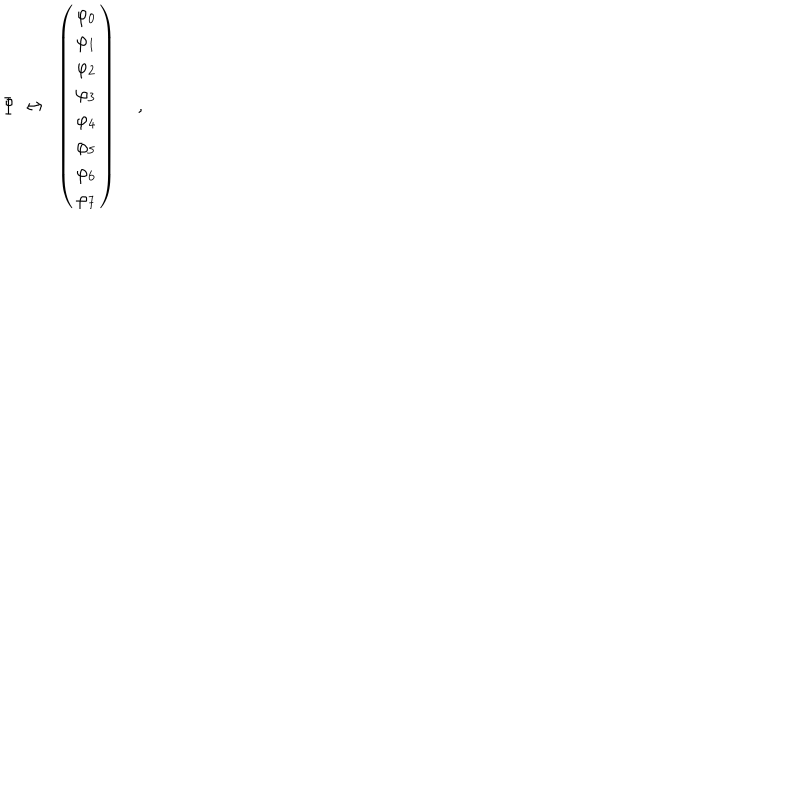
\Phi ~ \leftrightarrow ~ \left( \begin{array} { c } { { \varphi _ { 0 } } } \\ { { \varphi _ { 1 } } } \\ { { \varphi _ { 2 } } } \\ { { \varphi _ { 3 } } } \\ { { \varphi _ { 4 } } } \\ { { \varphi _ { 5 } } } \\ { { \varphi _ { 6 } } } \\ { { \varphi _ { 7 } } } \\ \end{array} \right) \quad ,